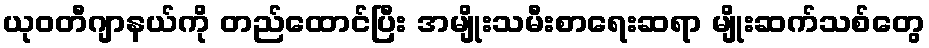
ယုဝတီဂျာနယ်ကို တည်ထောင်ပြီး အမျိုးသမီးစာရေးဆရာ မျိုးဆက်သစ်တွေ